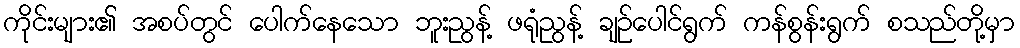
ကိုင်းများ၏ အစပ်တွင် ပေါက်နေသော ဘူးညွန့် ဖရုံညွန့် ချဉ်ပေါင်ရွက် ကန်စွန်းရွက် စသည်တို့မှာ